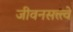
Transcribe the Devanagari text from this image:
जीवनसत्त्त्वे